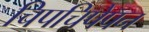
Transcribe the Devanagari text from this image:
चिपचिपेपन